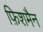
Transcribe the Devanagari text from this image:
फ़िशमैन